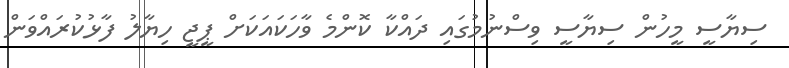
ސިޔާސީ މީހުން ސިޔާސީ ވިސްނުމުގައި ދައްކާ ކޮންމެ ވާހަކައަކަށް ޕީޖީ ހިޔާލު ފާޅުކުރައްވަން